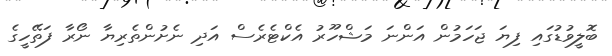
ބޮލީވުޑުގައި ފިޔަ ޖަހަމުން އަންނަ މަޝްހޫރު އެކްޓެރެސް އަދި ނެށުންތެރިޔާ ނޯރާ ފަތޭހީގެ